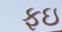
ફઇ